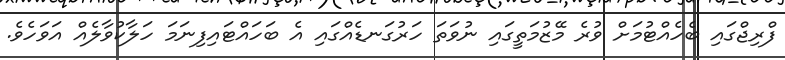
ފްރިޖްގައި ބެހެއްޓުމަށް ވުރެ މޭޒުމަތީގައި ނުވަތަ ހަރުގަނޑެއްގައި އެ ބަހައްޓައިފިނަމަ ހަލާކުވާލެއް އަވަހެވެ.